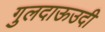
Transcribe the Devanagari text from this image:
गुलदाऊउदी